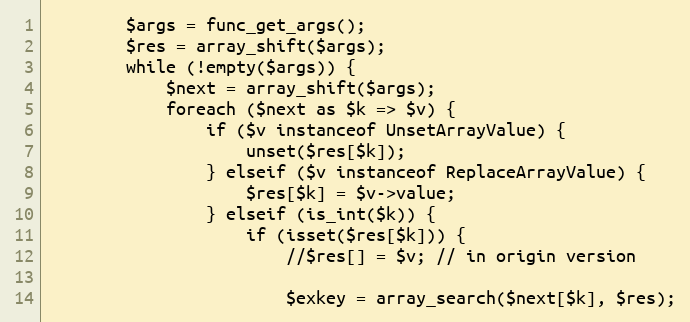
Language: PHP
        $args = func_get_args();
        $res = array_shift($args);
        while (!empty($args)) {
            $next = array_shift($args);
            foreach ($next as $k => $v) {
                if ($v instanceof UnsetArrayValue) {
                    unset($res[$k]);
                } elseif ($v instanceof ReplaceArrayValue) {
                    $res[$k] = $v->value;
                } elseif (is_int($k)) {
                    if (isset($res[$k])) {
                        //$res[] = $v; // in origin version

                        $exkey = array_search($next[$k], $res);